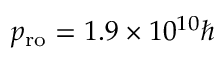
p _ { \mathrm { r o } } = 1 . 9 \times 1 0 ^ { 1 0 } \hbar